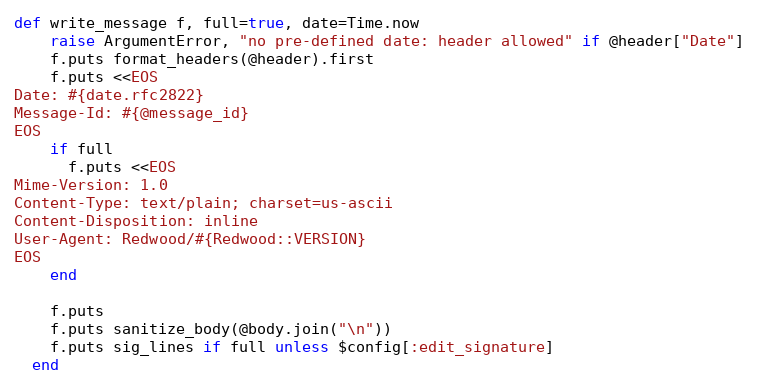
Language: Ruby
def write_message f, full=true, date=Time.now
    raise ArgumentError, "no pre-defined date: header allowed" if @header["Date"]
    f.puts format_headers(@header).first
    f.puts <<EOS
Date: #{date.rfc2822}
Message-Id: #{@message_id}
EOS
    if full
      f.puts <<EOS
Mime-Version: 1.0
Content-Type: text/plain; charset=us-ascii
Content-Disposition: inline
User-Agent: Redwood/#{Redwood::VERSION}
EOS
    end

    f.puts
    f.puts sanitize_body(@body.join("\n"))
    f.puts sig_lines if full unless $config[:edit_signature]
  end